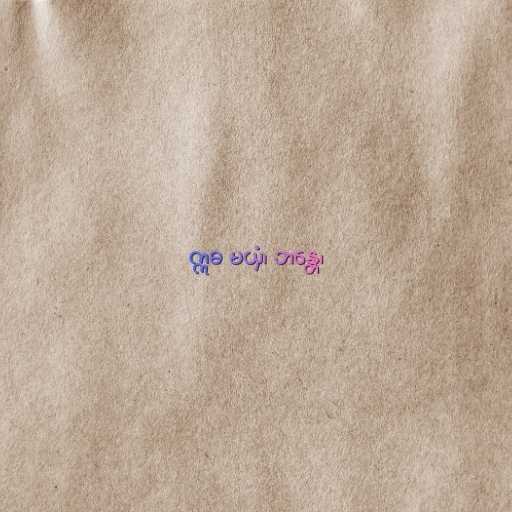
ဣဓ မယှံ၊ ဘန္တေ၊